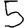
Digit: 5